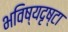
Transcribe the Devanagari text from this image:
भविष्यदृष्टा